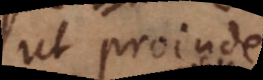
ut proinde